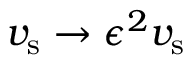
v _ { \mathrm { s } } \rightarrow \epsilon ^ { 2 } v _ { \mathrm { s } }